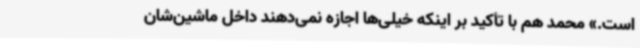
است.» محمد هم با تأکید بر اینکه خیلی‌ها اجازه نمی‌دهند داخل ماشین‌شان